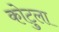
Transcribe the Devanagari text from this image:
कोटुला